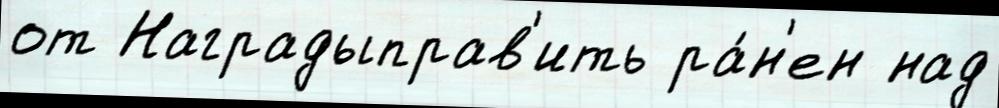
от Наградыправ'ить ра́н'ен над